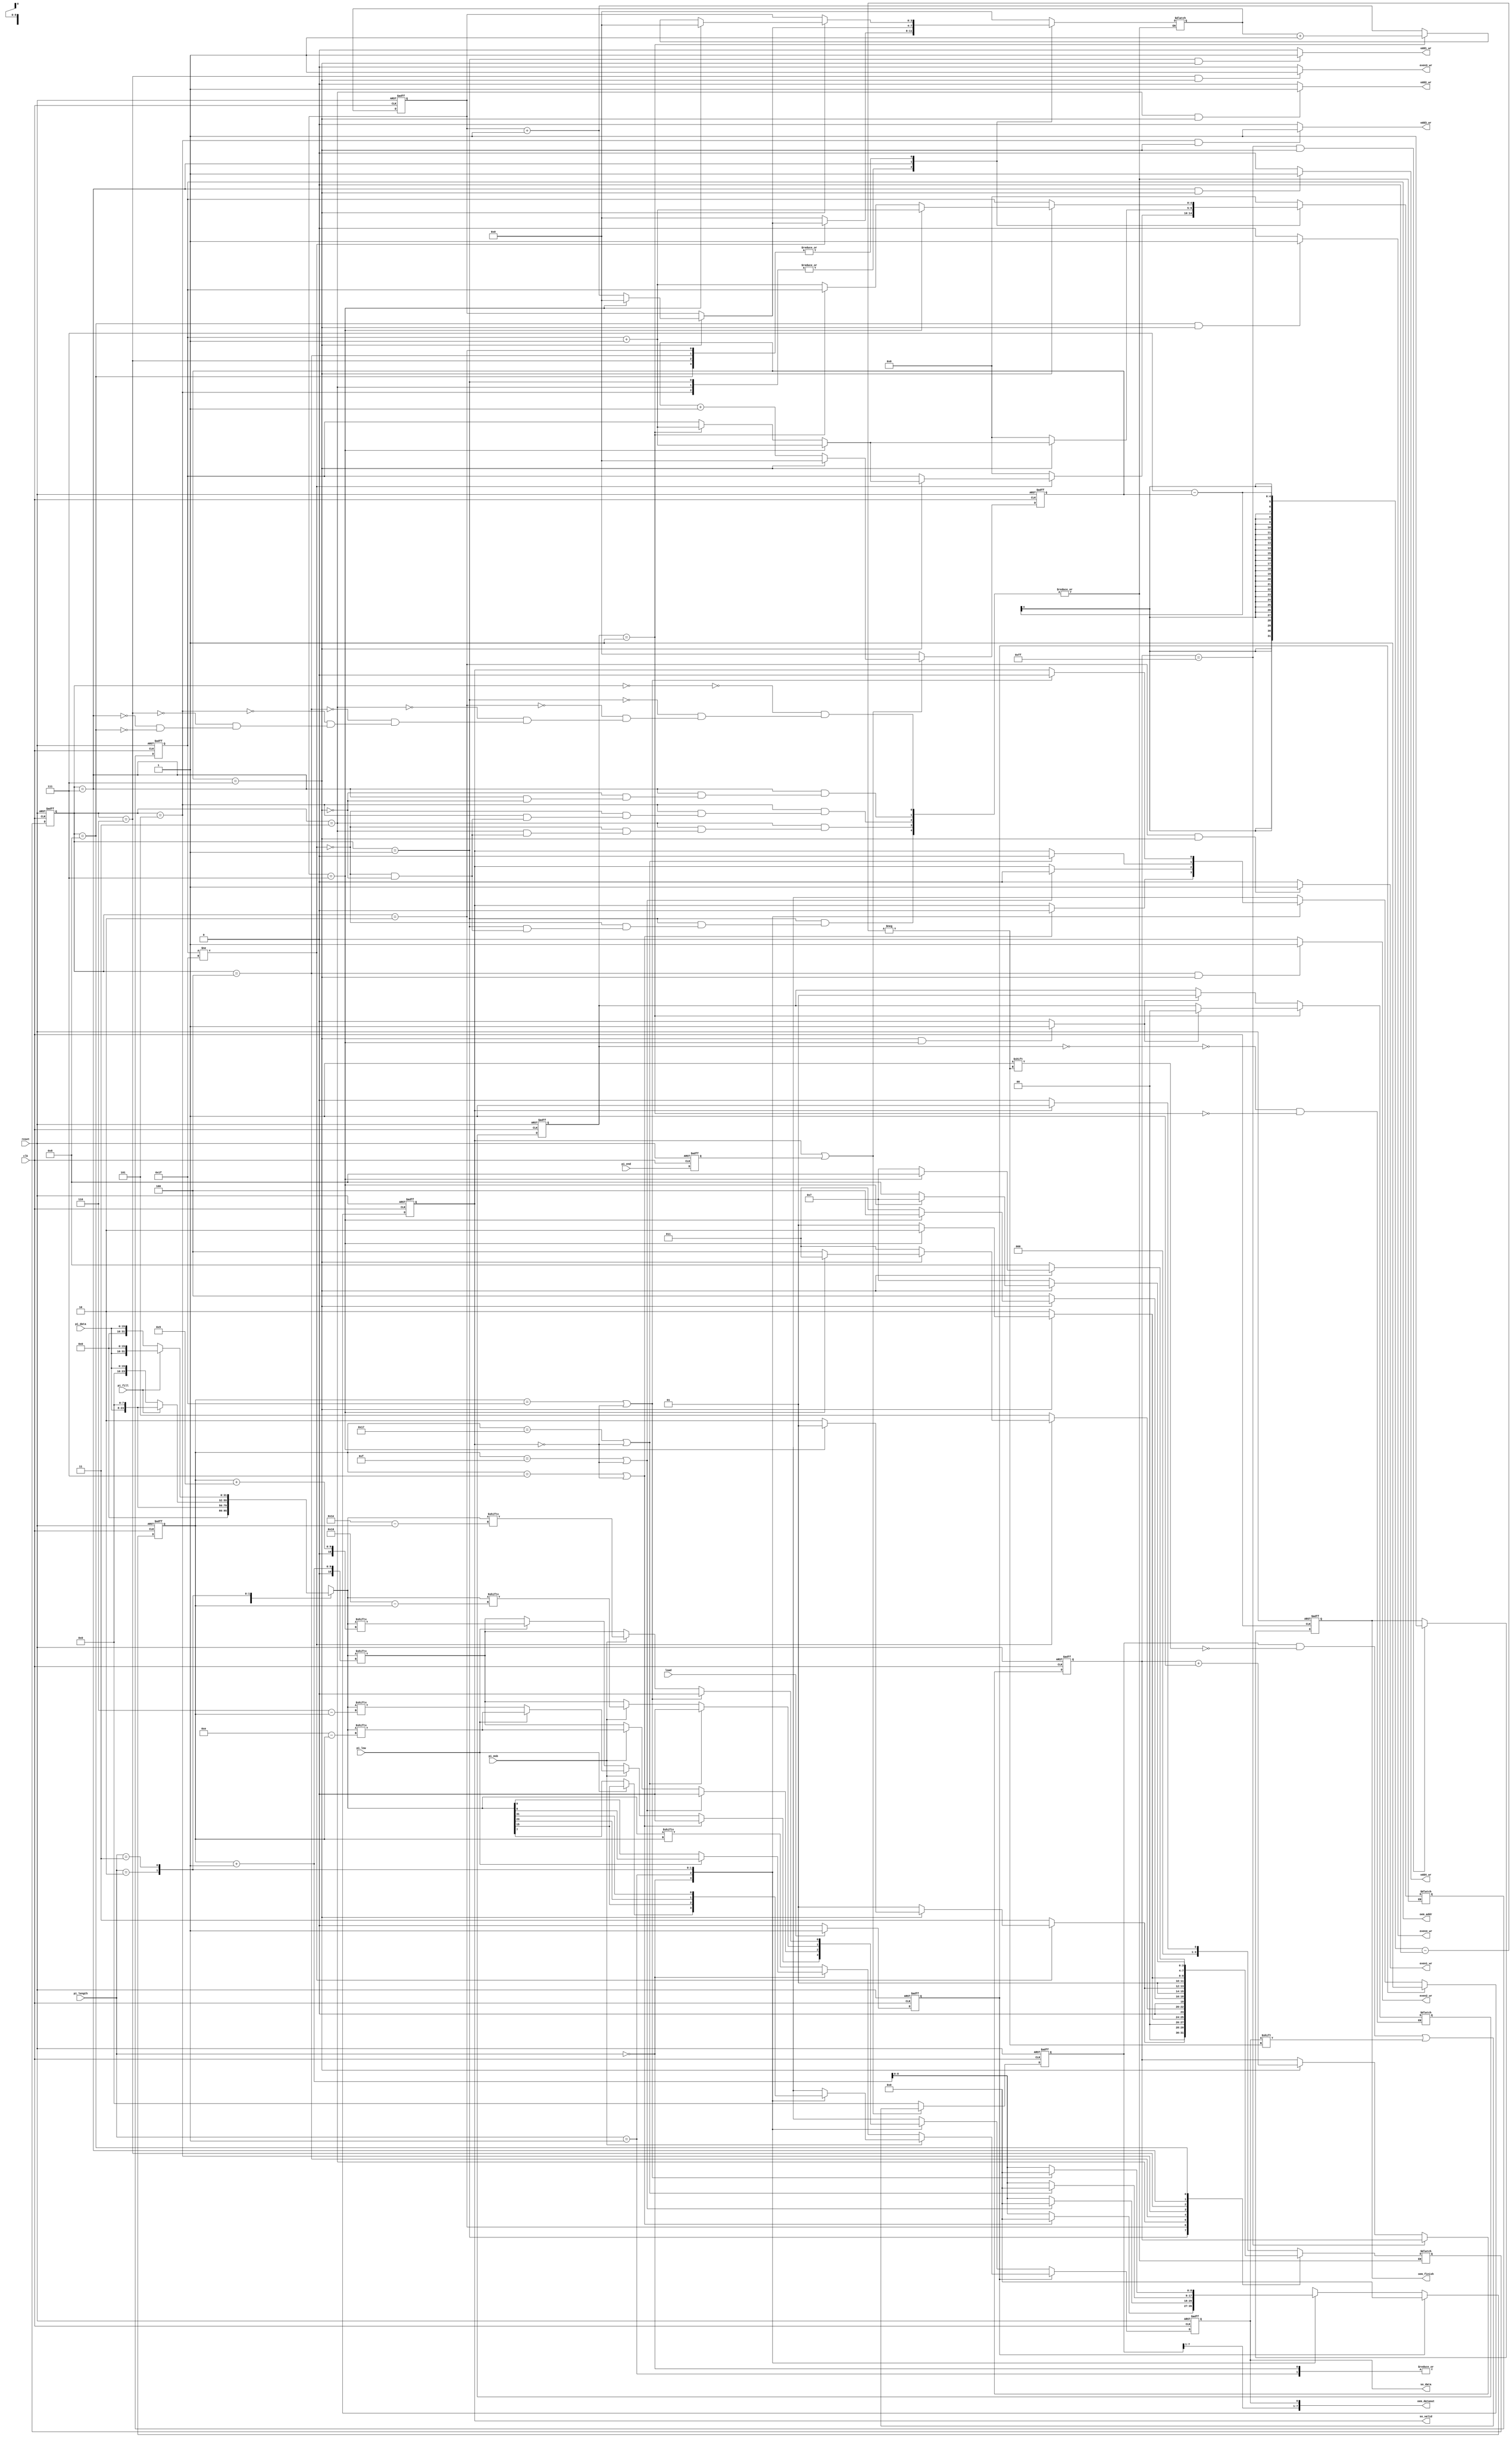
module STI_DAC(clk ,reset, load, pi_data, pi_length, pi_fill, pi_msb, pi_low, pi_end,
	       so_data, so_valid,
	       oem_finish, oem_dataout, oem_addr,
	       odd1_wr, odd2_wr, odd3_wr, odd4_wr, even1_wr, even2_wr, even3_wr, even4_wr);

input		clk, reset;
input		load, pi_msb, pi_low, pi_end; 
input	[15:0]	pi_data;
input	[1:0]	pi_length;
input		pi_fill;
output	reg	so_data, so_valid;

output  reg oem_finish;
output odd1_wr, odd2_wr, odd3_wr, odd4_wr, even1_wr, even2_wr, even3_wr, even4_wr;
output reg [4:0] oem_addr;
output [7:0] oem_dataout;

//==============================================================================
reg[3:0] state,next_state;
parameter IDLE = 4'b0000;
parameter ODD1 = 4'b0001;
parameter EVEN1 = 4'b0010;
parameter ODD2 = 4'b0011;
parameter EVEN2 = 4'b0100;
parameter ODD3 = 4'b0101;
parameter EVEN3 = 4'b0110;
parameter ODD4 = 4'b0111;
parameter EVEN4 = 4'b1000;

//==============================================================================

reg[1:0] mem_state,n_mem_state;

parameter MEM_FORWARD = 2'b00;
parameter MEM_INV = 2'b01;

//==============================================================================
reg[31:0] in_buf;
reg[8:0] cnt;
reg[8:0] load_cnt;
reg so_valid_delay;
reg[13:0] pat_cnt;
//==============================================================================
reg [7:0] mem_buff;
reg [3:0] mem_cnt;
reg [3:0] mem_addr,n_mem_addr;
reg [4:0] n_oem_addr;
reg [3:0] wr_cnt;
reg [8:0] mem_fin;
reg n_flag;
reg n_pi_end;
wire flag;




always@(posedge clk or posedge reset)begin
	if(reset)begin
		state<=IDLE;
		mem_state<=MEM_FORWARD;
	end
	else begin
		state<=next_state;
		mem_state<=n_mem_state;
	end
end



////////////////////////////////////STI Control/////////////////////////////////
always@(posedge clk or posedge reset)begin
	if(reset)begin
		so_valid<=0;
		cnt<=0;
		so_data<=0;
		so_valid<=0;
		pat_cnt<=0;
	end
	else begin
		if(so_valid_delay)begin
			so_valid<=1;
			cnt<=0;
			pat_cnt<=pat_cnt+1;
			if(pi_msb)begin
				case(pi_length)
					2'b00:begin
						if(pi_low) 
						    so_data<=in_buf[15];
						else
							so_data<=in_buf[7];
					end
					2'b01:so_data<=in_buf[15];
					2'b10:so_data<=in_buf[23];
					2'b11:so_data<=in_buf[31];
				endcase
			end
			else begin
				if(pi_length==2'b00)begin
					if(pi_low)
						so_data<=in_buf[8];
					else
						so_data<=in_buf[0];
				end
				else
					so_data<=in_buf[cnt];
			end
		end
		else begin
			case(pi_length)
				2'b00:begin
					if(cnt==7 || !so_valid)begin
						so_valid<=0;
						cnt<=0;
						so_data<=0;
						pat_cnt<=pat_cnt;
					end
					else begin
						so_valid<=so_valid;
						cnt<=cnt+1;
						pat_cnt<=pat_cnt+1;
						if(pi_msb)begin
							if(pi_low)
								so_data<=in_buf[14-cnt];
							else
								so_data<=in_buf[6-cnt];
						end
						else begin
							if(pi_low)
								so_data<=in_buf[cnt+9];
							else
								so_data<=in_buf[cnt+1];
						end
					end
				end
				2'b01:begin
					if(cnt==15 || !so_valid)begin
						so_valid<=0;
						cnt<=0;
						so_data<=0;
						pat_cnt<=pat_cnt;
					end
					else begin
						so_valid<=so_valid;
						cnt<=cnt+1;
						pat_cnt<=pat_cnt+1;
						if(pi_msb)begin
							so_data<=in_buf[14-cnt];
						end
						else begin
							so_data<=in_buf[cnt+1];
						end
					end
				end
				2'b10:begin
					if(cnt==23 || !so_valid)begin
						so_valid<=0;
						cnt<=0;
						so_data<=0;
						pat_cnt<=pat_cnt;
					end
					else begin
						so_valid<=so_valid;
						cnt<=cnt+1;
						pat_cnt<=pat_cnt+1;
						if(pi_msb)begin
							so_data<=in_buf[22-cnt];
						end
						else begin
							so_data<=in_buf[cnt+1];
						end
					end
				end
				2'b11:begin
					if(cnt==31 || !so_valid)begin
						so_valid<=0;
						cnt<=0;
						so_data<=0;
						pat_cnt<=pat_cnt;
					end
					else begin
						so_valid<=so_valid;
						cnt<=cnt+1;
						pat_cnt<=pat_cnt+1;
						if(pi_msb)begin
							so_data<=in_buf[30-cnt];
						end
						else begin
							so_data<=in_buf[cnt+1];
						end
					end	
				end
			endcase
		end
	end
end



always@(posedge clk or posedge reset)begin
	if(reset)begin
		so_valid_delay<=0;
	end
	else begin
		if(load)begin
			so_valid_delay<=1;
		end
		else begin
			so_valid_delay<=0;
		end
	end
end







always@(*)begin
	case(pi_length)
		2'b00:begin //8 bit
			in_buf = pi_data;
		end
		2'b01:begin //16 bit
			in_buf = pi_data;
		end
		2'b10:begin //24 bit
			if(pi_fill==0)begin
				in_buf = {8'h00,pi_data};
			end
			else begin
				in_buf = {pi_data,8'h00};
			end
		end
		2'b11:begin // 32bit
			if(pi_fill==0)begin
				in_buf = {16'h0000,pi_data};
			end
			else begin
				in_buf = {pi_data,16'h0000};
			end
		end
	endcase
end









//////////////////////////////////DAC controll//////////////////////////

assign oem_dataout = {mem_buff[7:1],so_data};

assign odd1_wr = (state == ODD1 && mem_cnt==7)?1:0;
assign even1_wr = (state == EVEN1 && mem_cnt==7)?1:0; 
assign odd2_wr = (state == ODD2 && mem_cnt == 7)?1:0; 
assign even2_wr = (state == EVEN2 && mem_cnt == 7)?1:0;
assign odd3_wr = (state == ODD3 && mem_cnt == 7)?1:0;
assign even3_wr = (state == EVEN3 && mem_cnt == 7)?1:0; 
assign odd4_wr = (state == ODD4 && mem_cnt == 7)?1:0; 
assign even4_wr = (state == EVEN4 && mem_cnt == 7)?1:0;


assign flag = ((mem_cnt==7) && mem_addr==7)?1:0;

always@(*)begin
	case(state)
		IDLE:begin
			if(so_valid)begin
				next_state = ODD1;
				n_mem_addr = 0;
				n_oem_addr = 0;
			end
			else begin
				next_state = IDLE;
				n_mem_addr = 0;
				n_oem_addr = 0;
			end
		end
		ODD1:begin
			if(oem_addr != 31)begin
				if(mem_cnt==7)begin
					if(mem_addr == 7)begin
						next_state = ODD1;
						n_mem_addr = 0;
						n_oem_addr = oem_addr+1;
					end
					else if(mem_state == MEM_INV)begin
						next_state = EVEN1;
						n_mem_addr = mem_addr+1;
						n_oem_addr = oem_addr+1;
					end
					else begin
						next_state = EVEN1;
						n_mem_addr = mem_addr+1;
						n_oem_addr = oem_addr;
					end
				end
				else begin
					next_state = ODD1;
					n_mem_addr = mem_addr;
					n_oem_addr = oem_addr;
				end
			end
			else begin
				if(mem_cnt == 7)begin
					next_state = ODD2;
					n_mem_addr = 0;
					n_oem_addr = 0;
				end
			end
		end
		EVEN1:begin
			if(mem_cnt == 7)begin
				if(mem_addr == 7)begin
					next_state = EVEN1;
					n_mem_addr = 0;
					n_oem_addr = oem_addr+1;
				end
				else if(mem_state == MEM_INV)begin
					next_state = ODD1;
					n_mem_addr = n_mem_addr+1;
					n_oem_addr = oem_addr;
				end
				else begin
					next_state = ODD1;
					n_mem_addr = mem_addr+1;
					n_oem_addr = oem_addr+1;
				end
			end
			else begin
				next_state = EVEN1;
				n_mem_addr = mem_addr;
				n_oem_addr = oem_addr;
			end
		end	
		ODD2:begin
			if(oem_addr != 31)begin
				if(mem_cnt==7)begin
					if(mem_addr == 7)begin
						next_state = ODD2;
						n_oem_addr = oem_addr+1;
						n_mem_addr = 0;
					end
					else if(mem_state == MEM_INV)begin
						next_state = EVEN2;
						n_mem_addr = mem_addr+1;
						n_oem_addr = oem_addr+1;
					end
					else begin
						next_state = EVEN2;
						n_oem_addr = oem_addr;
						n_mem_addr = mem_addr+1;
					end
				end
				else begin
					next_state = ODD2;
					n_oem_addr = oem_addr;
					n_mem_addr = mem_addr;
				end
			end
			else begin
				if(mem_cnt==7)begin
					next_state = ODD3;
					n_oem_addr = 0;
					n_mem_addr = 0;
				end
			end
		end
		EVEN2:begin
			if(mem_cnt == 7)begin
				if(mem_addr == 7)begin
					next_state = EVEN2;
					n_mem_addr = 0;
					n_oem_addr = oem_addr+1;
				end
				else if(mem_state == MEM_INV)begin
					next_state = ODD2;
					n_mem_addr = n_mem_addr+1;
					n_oem_addr = oem_addr;
				end
				else begin
					next_state = ODD2;
					n_mem_addr = mem_addr+1;
					n_oem_addr = oem_addr+1;
				end
			end
			else begin
				next_state = EVEN2;
				n_mem_addr = mem_addr;
				n_oem_addr = oem_addr;
			end
		end
		ODD3:begin
			if(oem_addr != 31)begin
				if(mem_cnt==7)begin
					if(mem_addr == 7)begin
						next_state = ODD3;
						n_oem_addr = oem_addr+1;
						n_mem_addr = 0;
					end
					else if(mem_state == MEM_INV)begin
						next_state = EVEN3;
						n_mem_addr = mem_addr+1;
						n_oem_addr = oem_addr+1;
					end
					else begin
						next_state = EVEN3;
						n_oem_addr = oem_addr;
						n_mem_addr = mem_addr+1;
					end
				end
				else begin
					next_state = ODD3;
					n_oem_addr = oem_addr;
					n_mem_addr = mem_addr;
				end
			end
			else begin
				if(mem_cnt==7)begin
					next_state = ODD4;
					n_oem_addr = 0;
					n_mem_addr = 0;
				end
			end
		end
		EVEN3:begin
            if(mem_cnt == 7)begin
				if(mem_addr == 7)begin
					next_state = EVEN3;
					n_mem_addr = 0;
					n_oem_addr = oem_addr+1;
				end
				else if(mem_state == MEM_INV)begin
					next_state = ODD3;
					n_mem_addr = n_mem_addr+1;
					n_oem_addr = oem_addr;
				end
				else begin
					next_state = ODD3;
					n_mem_addr = mem_addr+1;
					n_oem_addr = oem_addr+1;
				end
			end
			else begin
				next_state = EVEN3;
				n_mem_addr = mem_addr;
				n_oem_addr = oem_addr;
			end
		end
		ODD4:begin
			if(mem_cnt==7)begin
				if(mem_addr == 7)begin
					next_state = ODD4;
					n_mem_addr = 0;
					n_oem_addr = oem_addr+1;
				end
				else if(mem_state == MEM_INV)begin
					next_state = EVEN4;
					n_mem_addr = mem_addr+1;
					n_oem_addr = oem_addr+1;
				end
				else begin
					next_state = EVEN4;
					n_mem_addr = mem_addr+1;
					n_oem_addr = oem_addr;
				end
			end
			else begin
				if(mem_cnt==7)begin
					next_state = ODD4;
					n_mem_addr = mem_addr;
					n_oem_addr = 0;
				end
			end
		end
		EVEN4:begin
			if(mem_cnt == 7)begin
				if(mem_addr == 7)begin
					next_state = EVEN4;
					n_mem_addr = 0;
					n_oem_addr = oem_addr+1;
				end
				else if(mem_state == MEM_INV)begin
					next_state = ODD4;
					n_mem_addr = n_mem_addr+1;
					n_oem_addr = oem_addr;
				end
				else begin
					next_state = ODD4;
					n_mem_addr = mem_addr+1;
					n_oem_addr = oem_addr+1;
				end
			end
			else begin
				next_state = EVEN4;
				n_mem_addr = mem_addr;
				n_oem_addr = oem_addr;
			end
		end
		        
	endcase
end


always@(posedge clk or posedge reset)begin
	if(reset)
		mem_addr <= 0;
	else 
		mem_addr <= n_mem_addr;
end

always@(posedge clk or posedge reset)begin
	if(reset)begin
		mem_buff<=0;
		mem_cnt<=0;
	end
	else begin
		if(so_valid || n_pi_end)begin
			mem_buff[7-mem_cnt]<=so_data;
			if(mem_cnt==7)begin
				//mem_buff<=0;
				mem_cnt<=0;
			end
			else begin
				//mem_buff[7-mem_cnt]<=so_data;
				mem_cnt<=mem_cnt+1;
			end	
		end
		else begin
            mem_buff<=0;
			mem_cnt<=0;
		end
	end
end


always@(posedge clk or posedge reset)begin
	if(reset)begin
		oem_addr<=0;
	end
	else begin
		oem_addr<=n_oem_addr;
	end
end


always@(posedge clk or posedge reset)begin
	if(reset)begin
		oem_finish<=0;
	end
	else begin
		if(mem_fin == 255 & mem_cnt == 7)begin
			oem_finish<=1;
		end
		else begin
			oem_finish<=oem_finish;
		end
	end
end

always@(posedge clk or posedge reset)begin
	if(reset)begin
		mem_fin<=0;
	end
	else begin
		if(mem_fin==255)begin
			mem_fin<=mem_fin;
		end
		else begin
			if(mem_cnt==7)begin
				mem_fin<=mem_fin+1;
			end
			else begin
				mem_fin<=mem_fin;
			end
		end
	end
end



always@(*)begin
	case(mem_state)
		MEM_FORWARD:begin
			if(flag)begin
				n_mem_state = MEM_INV;
			end
			else begin
				n_mem_state = mem_state;
			end
		end
		MEM_INV:begin
			if(flag)begin
				n_mem_state = MEM_FORWARD;
			end
			else begin
				n_mem_state = mem_state;
			end
		end
	endcase
end


always@(posedge clk or posedge reset)begin
	if(reset)begin
		n_pi_end<=0;
	end
	else begin
		n_pi_end<=pi_end;
	end
end


endmodule